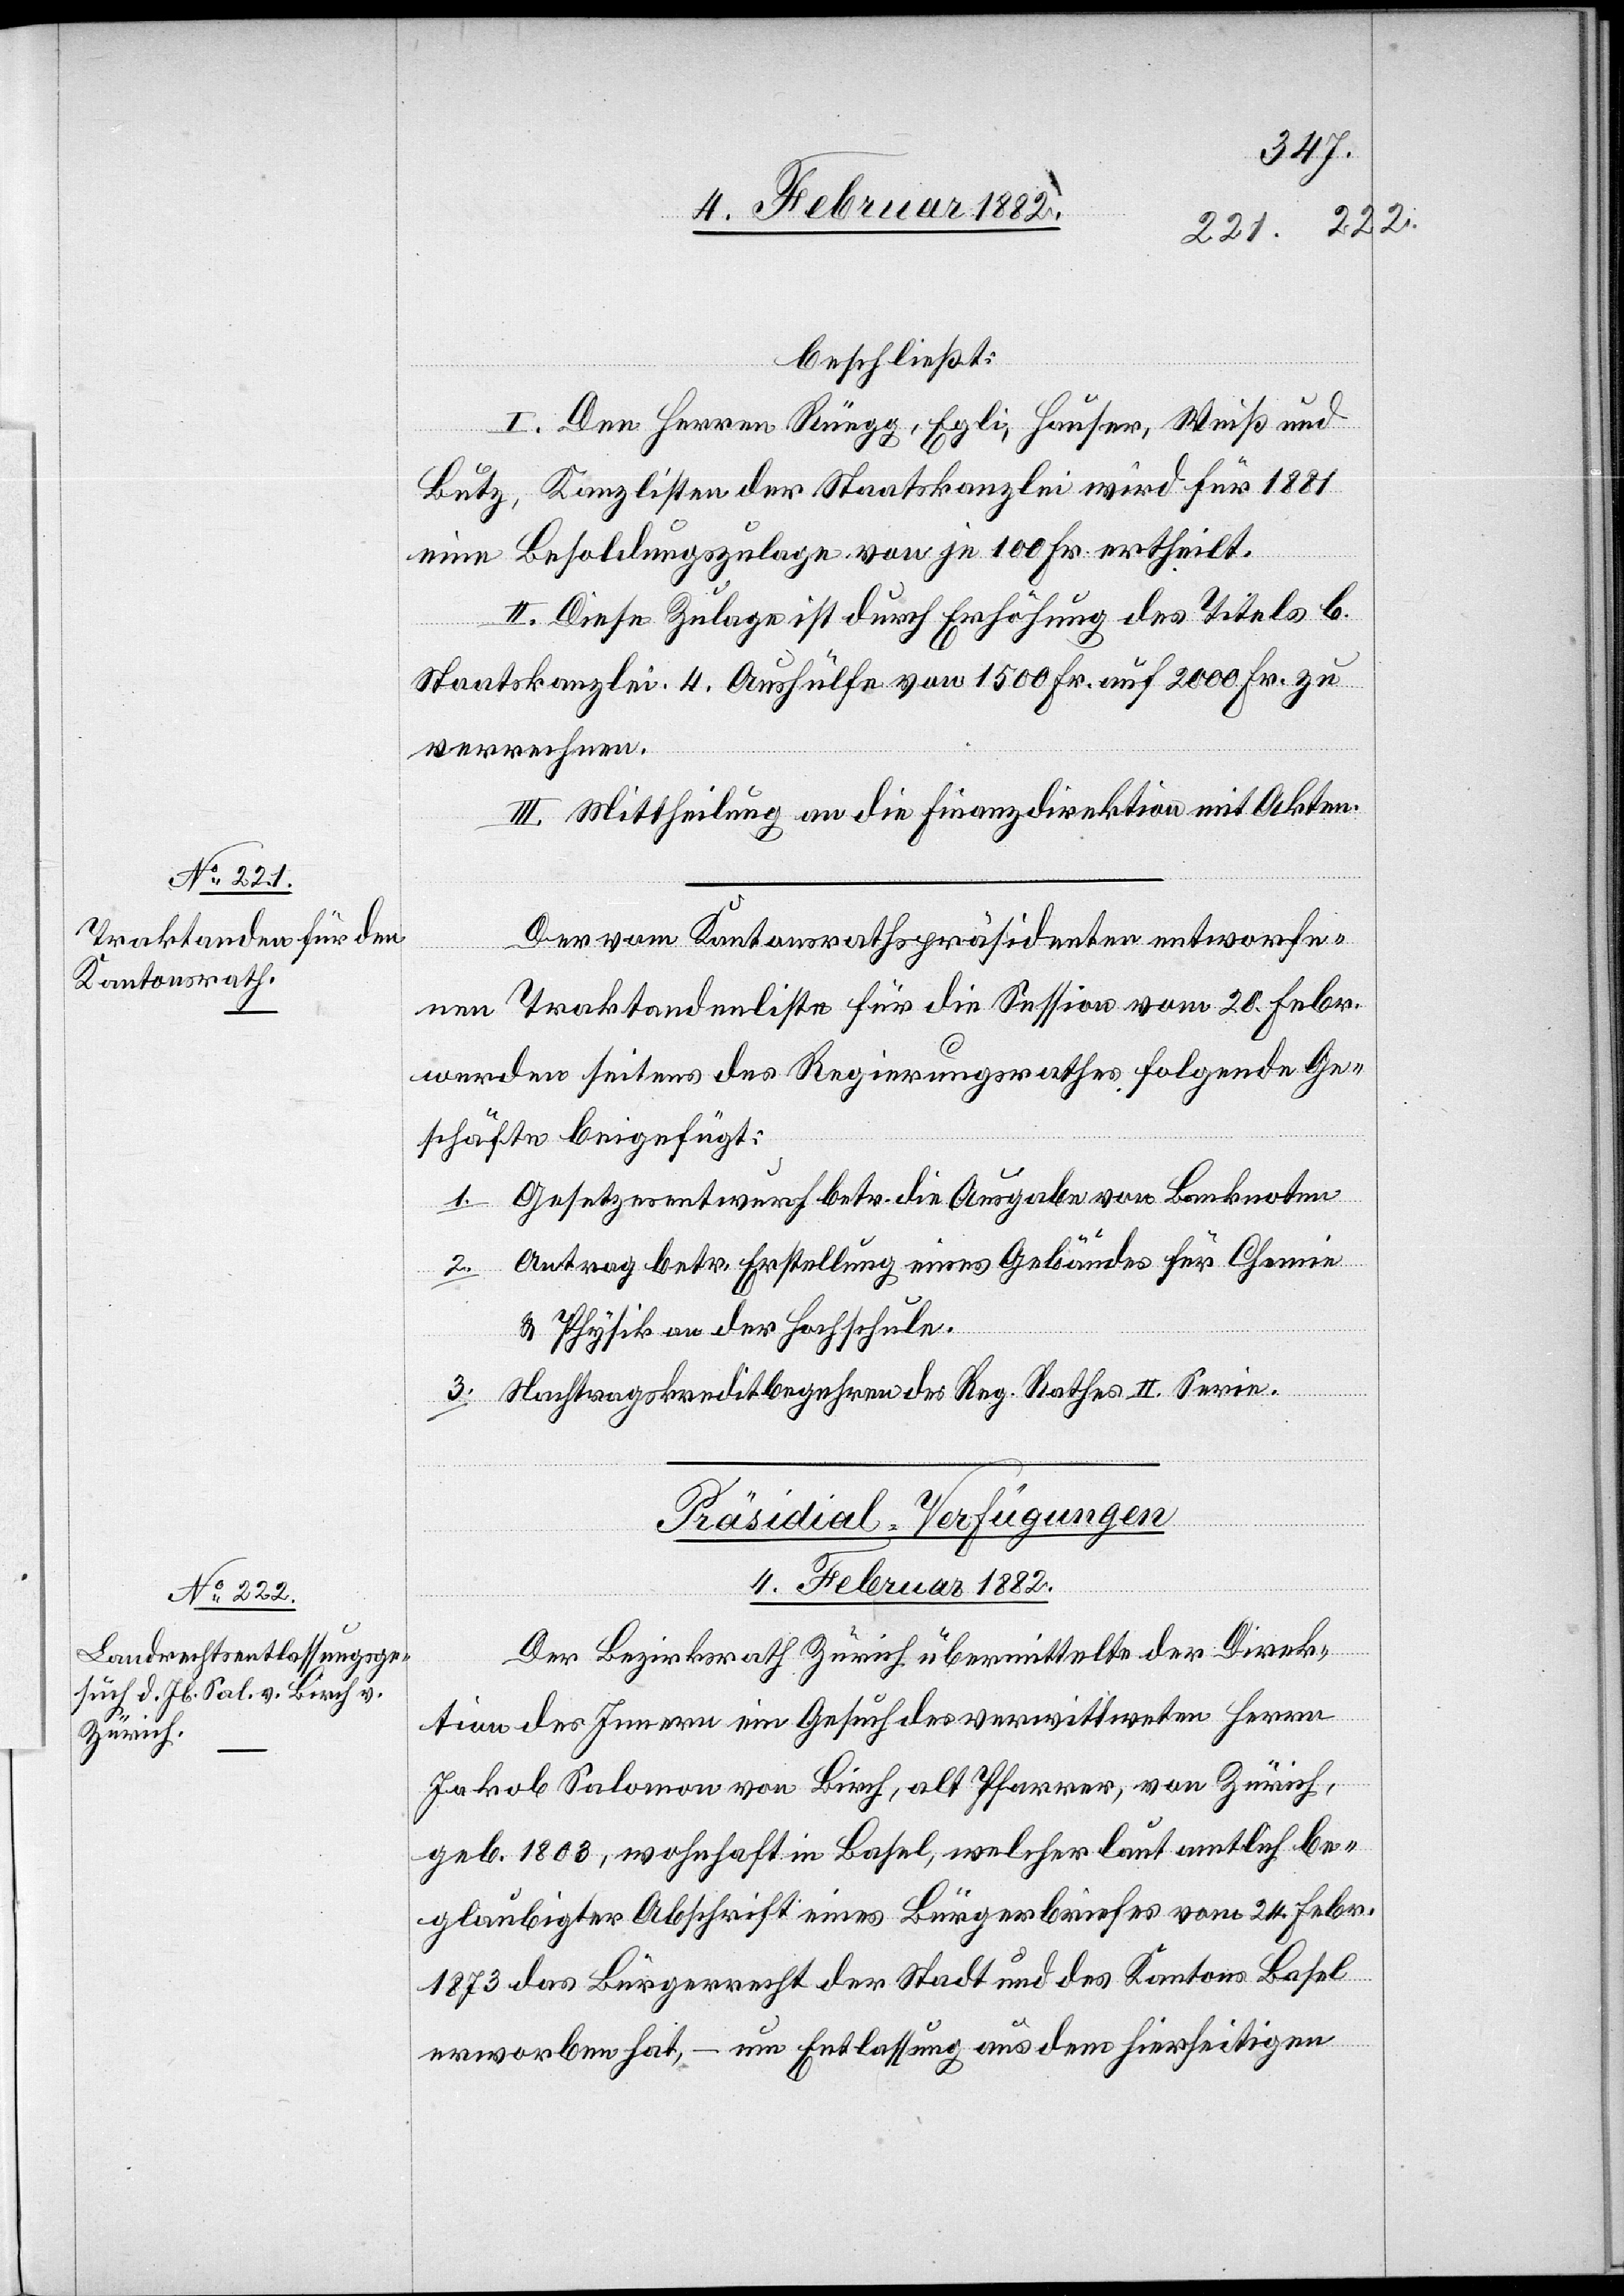
beschließt:
I. Den Herren Rüegg, Egli, Häuser, Weiß und
Butz, Kanzlisten der Staatskanzlei wird für 1881
einen Besoldungszulage von je 100 Fr. ertheilt.
II. Diese Zulage ist durch Erhöhung des Titels b.
Staatskanzlei 4. Aushülfe von 1500 Fr. auf 2000 Fr. zu
verrechnen.
III. Mittheilung an die Finanzdirektion mit Akten.
Der vom Kantonsrathspräsidenten entworfe¬
nen Traktandenliste für die Session vom 20. Febr.
wurden seitens des Regierungsrathes folgende Ge¬
schäfte beigefügt:
1. Gesetzesentwurf betr. die Ausgabe von Banknoten.
2. Antrag betr. Erstellung eines Gebäudes für Chemie
& Physik an der Hochschule.
3. Nachtragskreditbegehren des Reg. Rathes II. Serie.
Präsidial-Verfügungen
4. Februar 1882
Der Bezirksrath Zürich übermittelte der Direk¬
tion des Innern ein Gesuch des verwitweten Herrn
Jakob Salomon von Birch, alt Pfarrer, von Zürich,
geb. 1803, wohnhaft in Basel, welcher laut amtlich be¬
glaubigter Abschrift eines Bürgerbriefes vom 24. Febr.
1873 das Bürgerrecht der Stadt und des Kantons Basel
erworben hat, – nun Entlassung aus dem hierseitigen